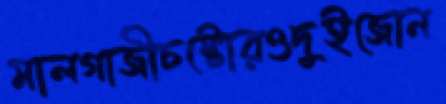
মালগাজীচষ্টোরওদুইজোন